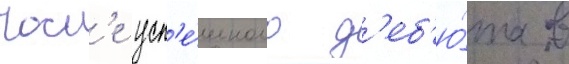
Посл'е усп'е́шного д'еб'ю́та в